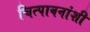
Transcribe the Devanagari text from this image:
चित्पावनांशी